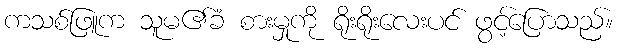
ကသစ်ဖြူက သူမ၏ခံ စားမှုကို ရိုးရိုးလေးပင် ဖွင့်ပြောသည်။